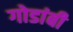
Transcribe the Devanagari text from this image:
गोडांबी